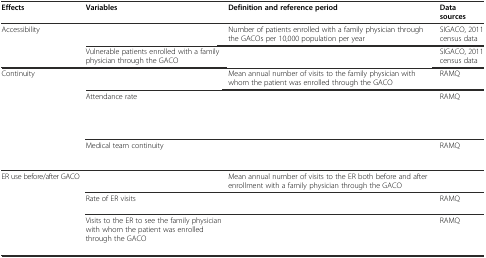
<table><thead><tr><td><b>Effects</b></td><td><b>Variables</b></td><td><b>Definition and reference period</b></td><td><b>Data sources</b></td></tr></thead><tbody><tr><td rowspan="2">Accessibility</td><td>[EMPTY_CELL]</td><td>Number of patients enrolled with a family physician through the GACOs per 10,000 population per year</td><td>SIGACO, 2011 census data</td></tr><tr><td>Vulnerable patients enrolled with a family physician through the GACO</td><td>[EMPTY_CELL]</td><td>SIGACO, 2011 census data</td></tr><tr><td rowspan="3">Continuity</td><td>[EMPTY_CELL]</td><td>Mean annual number of visits to the family physician with whom the patient was enrolled through the GACO</td><td>RAMQ</td></tr><tr><td>Attendance rate</td><td>[EMPTY_CELL]</td><td>RAMQ</td></tr><tr><td>Medical team continuity</td><td>[EMPTY_CELL]</td><td>RAMQ</td></tr><tr><td rowspan="3">ER use before/after GACO</td><td>[EMPTY_CELL]</td><td>Mean annual number of visits to the ER both before and after enrollment with a family physician through the GACO</td><td>[EMPTY_CELL]</td></tr><tr><td>Rate of ER visits</td><td>[EMPTY_CELL]</td><td>RAMQ</td></tr><tr><td>Visits to the ER to see the family physician with whom the patient was enrolled through the GACO</td><td>[EMPTY_CELL]</td><td>RAMQ</td></tr></tbody></table>